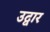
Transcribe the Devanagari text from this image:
उद्वार